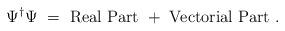
LaTeX: \begin{align*}\Psi^{\dag} \Psi ~=~\mbox{Real Part}~+~\mbox{Vectorial Part}~.\end{align*}